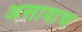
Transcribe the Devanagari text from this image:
असावाच